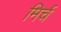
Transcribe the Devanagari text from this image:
मिर्च